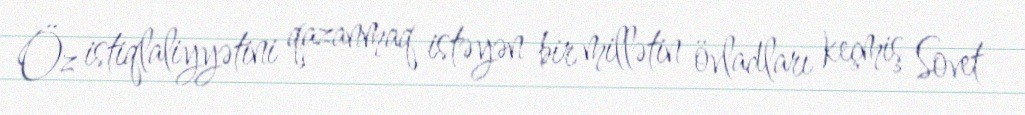
Öz istiqlaliyyətini qazanmaq istəyən bir millətin övladları keçmiş Sovet